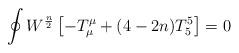
LaTeX: \begin{align*}\oint W^{\frac{n}{2}} \left[ -T^{\mu}_{\mu} + (4 - 2 n) T^5_5 \right] = 0\end{align*}